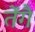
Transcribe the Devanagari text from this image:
तेंगै